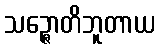
သဉ္ဇောတိဘူတာယ